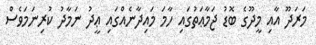
މަރަދޫ އާއި މީދޫގެ ބޮޑު ޖަމާޢަތުގައި ހާމަ މައިދާނެއްގައި ޢީދު ނަމާދު ކުރިނަމަވެސް